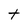
Character: t